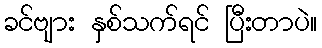
ခင်ဗျား နှစ်သက်ရင် ပြီးတာပဲ။